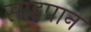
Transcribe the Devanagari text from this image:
साइपान